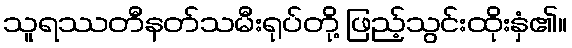
သူရဿတီနတ်သမီးရုပ်တို့ ဖြည့်သွင်းထိုးနှံ၏။